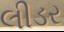
લીડર